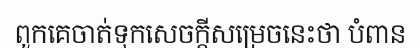
ពួកគេចាត់ទុកសេចក្តីសម្រេចនេះថា បំពាន